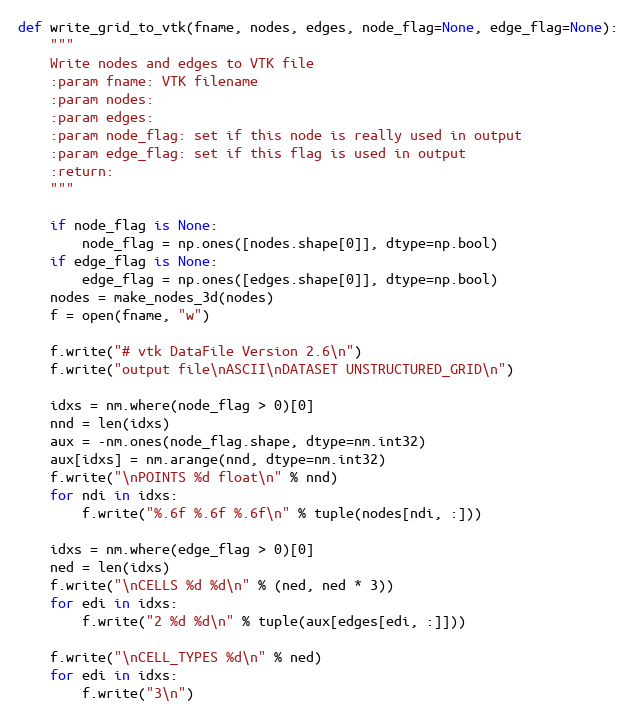
Language: Python
def write_grid_to_vtk(fname, nodes, edges, node_flag=None, edge_flag=None):
    """
    Write nodes and edges to VTK file
    :param fname: VTK filename
    :param nodes:
    :param edges:
    :param node_flag: set if this node is really used in output
    :param edge_flag: set if this flag is used in output
    :return:
    """

    if node_flag is None:
        node_flag = np.ones([nodes.shape[0]], dtype=np.bool)
    if edge_flag is None:
        edge_flag = np.ones([edges.shape[0]], dtype=np.bool)
    nodes = make_nodes_3d(nodes)
    f = open(fname, "w")

    f.write("# vtk DataFile Version 2.6\n")
    f.write("output file\nASCII\nDATASET UNSTRUCTURED_GRID\n")

    idxs = nm.where(node_flag > 0)[0]
    nnd = len(idxs)
    aux = -nm.ones(node_flag.shape, dtype=nm.int32)
    aux[idxs] = nm.arange(nnd, dtype=nm.int32)
    f.write("\nPOINTS %d float\n" % nnd)
    for ndi in idxs:
        f.write("%.6f %.6f %.6f\n" % tuple(nodes[ndi, :]))

    idxs = nm.where(edge_flag > 0)[0]
    ned = len(idxs)
    f.write("\nCELLS %d %d\n" % (ned, ned * 3))
    for edi in idxs:
        f.write("2 %d %d\n" % tuple(aux[edges[edi, :]]))

    f.write("\nCELL_TYPES %d\n" % ned)
    for edi in idxs:
        f.write("3\n")